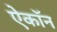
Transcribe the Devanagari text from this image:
ऐकॉन